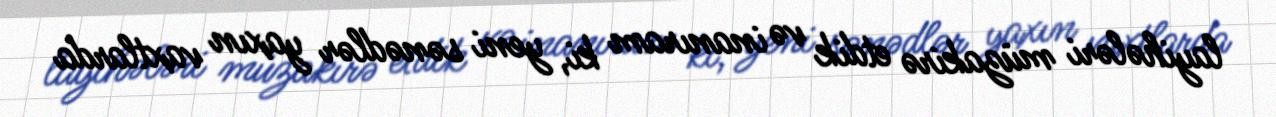
layihələri müzakirə etdik və inanıram ki, yeni sənədlər yaxın vaxtlarda